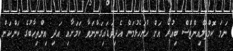
ނަމަ ކޮމްޕްލެއިންޓްސް ބިއުރޯ އަށް ހުށަހެޅުމަށް އެދިވަޑައިގަންނަވާ ކަމަށާއި އަދި އިންތިހާބުގެ ކަންކަން